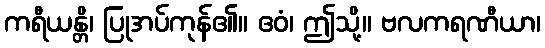
ကရီယန္တိ၊ ပြုအပ်ကုန်၏။ ဧဝံ၊ ဤသို့။ ဗလကရဏီယာ၊